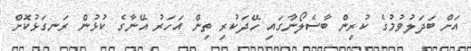
އަށް ބަދަލުވުމުގެ ކުރިން ބާސެލޯނާގައި ހޭދަކުރި ތިން އަހަރު އޭނާގެ ކުޅުން ރަނގަޅުކޮށް